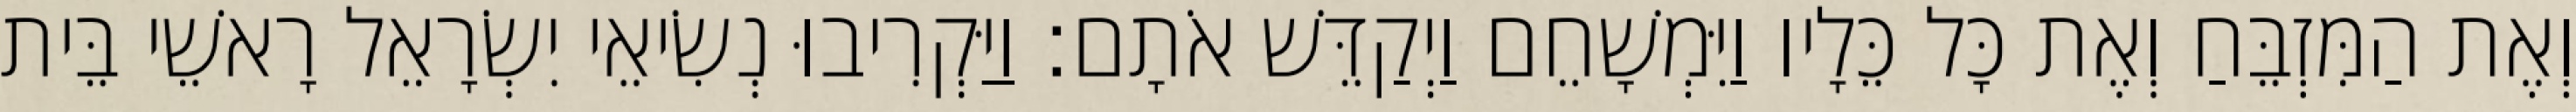
וְאֶת הַמִּזְבֵּחַ וְאֶת כָּל כֵּלָיו וַיִּמְשָׁחֵם וַיְקַדֵּשׁ אֹתָם׃ וַיַּקְרִיבוּ נְשִׂיאֵי יִשְׂרָאֵל רָאשֵׁי בֵּית